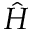
\hat { H }